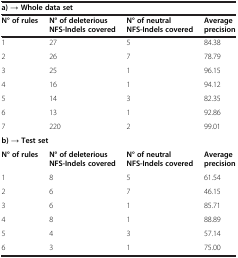
<table><thead><tr><td colspan="4"><b>a) → Whole data set</b></td></tr><tr><td><b>N° of rules</b></td><td><b>N° of deleterious NFS-Indels covered</b></td><td><b>N° of neutral NFS-Indels covered</b></td><td><b>Average precision</b></td></tr></thead><tbody><tr><td>1</td><td>27</td><td>5</td><td>84.38</td></tr><tr><td>2</td><td>26</td><td>7</td><td>78.79</td></tr><tr><td>3</td><td>25</td><td>1</td><td>96.15</td></tr><tr><td>4</td><td>16</td><td>1</td><td>94.12</td></tr><tr><td>5</td><td>14</td><td>3</td><td>82.35</td></tr><tr><td>6</td><td>13</td><td>1</td><td>92.86</td></tr><tr><td>7</td><td>220</td><td>2</td><td>99.01</td></tr><tr><td colspan="4"><b>b) → Test set</b></td></tr><tr><td><b>N° of rules</b></td><td><b>N° of deleterious NFS-Indels covered</b></td><td><b>N° of neutral NFS-Indels covered</b></td><td><b>Average precision</b></td></tr><tr><td>1</td><td>8</td><td>5</td><td>61.54</td></tr><tr><td>2</td><td>6</td><td>7</td><td>46.15</td></tr><tr><td>3</td><td>6</td><td>1</td><td>85.71</td></tr><tr><td>4</td><td>8</td><td>1</td><td>88.89</td></tr><tr><td>5</td><td>4</td><td>3</td><td>57.14</td></tr><tr><td>6</td><td>3</td><td>1</td><td>75.00</td></tr></tbody></table>